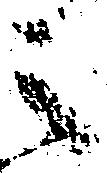
之